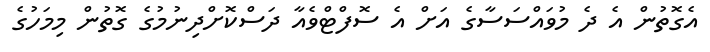
އެގޮތުން އެ ދެ މުވައްސަސާގެ އަށް އެ ސޮފްޓްވެއާ ދަސްކޮށްދިނުމުގެ ގޮތުން މިމަހުގެ